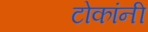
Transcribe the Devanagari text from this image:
टोकांनी